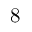
8